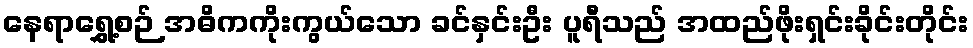
နေရာရွှေ့စဉ် အဓိကကိုးကွယ်သော ခင်နှင်းဦး ပူရီသည် အထည်ဖိုးရှင်းခိုင်းတိုင်း